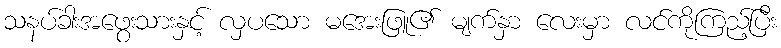
သနပ်ခါးအဖွေးသားနှင့် လှပသော မအေးဖြူ၏ မျက်နှာ လေးမှာ လင်ကိုကြည့်ပြီး